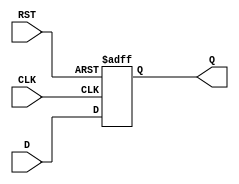
module FlipFlopRegister #(
    parameter N = 8  // Register width (number of bits)
)(
    input  wire [N-1:0] D,    // Data input
    input  wire CLK,           // Clock input
    input  wire RST,           // Asynchronous reset
    output reg  [N-1:0] Q      // Data output
);

// Always block for synchronous operation
always @(posedge CLK or posedge RST) begin
    if (RST) begin
        Q <= {N{1'b0}}; // Reset all bits to 0
    end else begin
        Q <= D; // Load data on clock edge
    end
end

endmodule